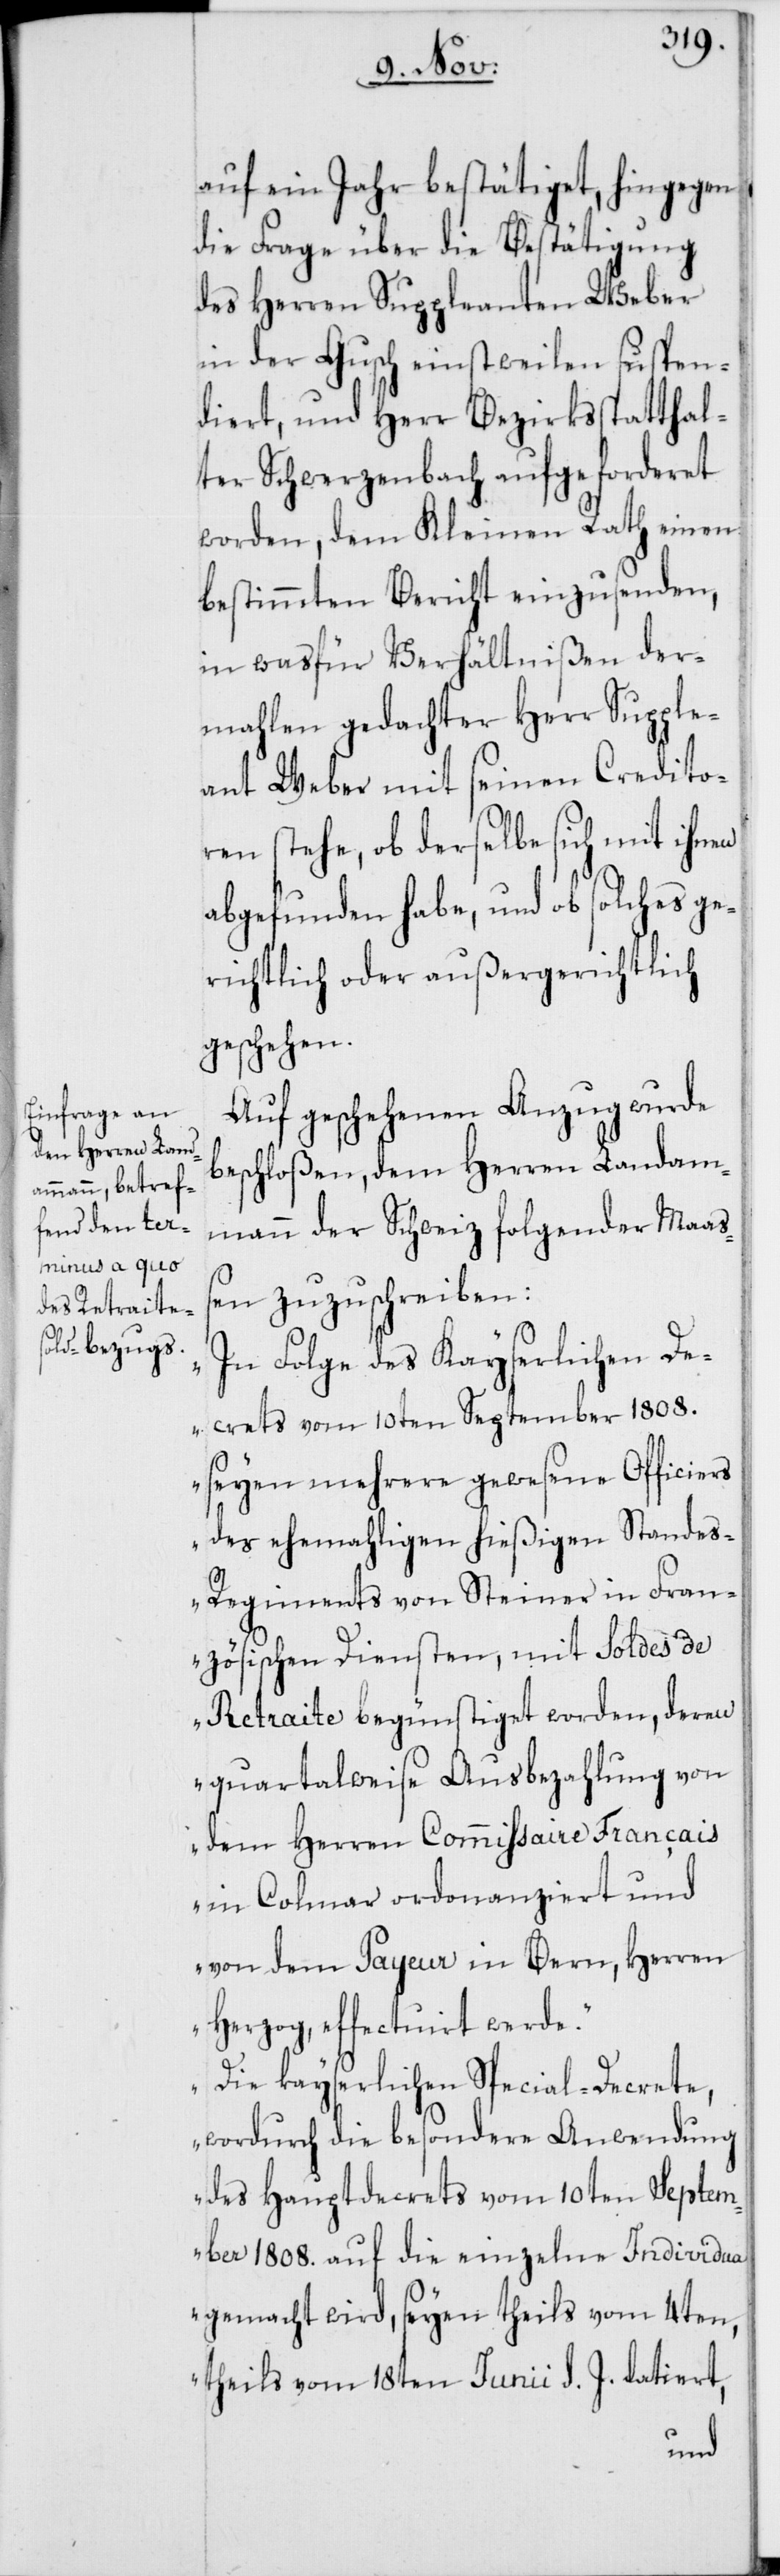
auf ein Jahr bestätiget, hingegen
die Frage über die Bestätigung
des Herren Suppleanten Weber
in der Gusch einstweilen suspen¬
diert, und Herr Bezirksstatthal¬
ter Schwerzenbach aufgeforderet
worden, dem Kleinen Rath einen
bestimmten Bericht einzusenden,
in wasfür Verhältnißen der¬
mahlen gedachter Herr Supple¬
ant Weber mit seinen Credito¬
ren stehe, ob derselbe sich mit ihnen
abgefunden habe, und ob solches ge¬
richtlich oder außergerichtlich
geschehen.
Auf geschehenen Anzug wurde
beschloßen, dem Herren Landam¬
mann der Schweiz folgender Maaß¬
en zuzuschreiben:
„In Folge des Kayserlichen De¬
crets vom 10ten September 1808.
seyen mehrere gewesene Officiers
des ehemaligen hießigen Stande¬
s-Regiments von Steiner in Fran¬
zösischen Diensten, mit Soldes de
Retraite begünstiget worden, deren
quartalweise Ausbezahlung von
dem Herren Commißaire Français
in Colmar ordonanziert und
von dem Payeur in Bern, Herren
Herzog, effectuiert werde.
Die kayserlichen Special-Decrete,
wordurch die besondere Anwendung
des Hauptdecrets vom 10ten Septem¬
ber 1808. auf die einzelne Individua
gemacht wird, seyen theils vom 4ten,
theils vom 18ten Junii d. J. datiert,